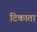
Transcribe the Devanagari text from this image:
टिकाता